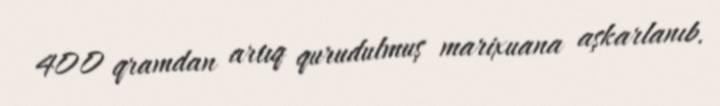
400 qramdan artıq qurudulmuş marixuana aşkarlanıb.